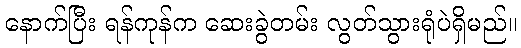
နောက်ပြီး ရန်ကုန်က ဆေးခွဲတမ်း လွတ်သွားရုံပဲရှိမည်။